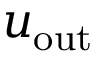
u _ { \mathrm { { o u t } } }